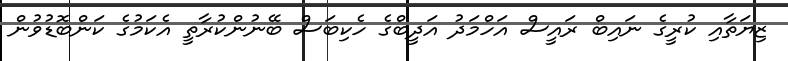
ޒިޔަތާއި ކުރީގެ ނައިބް ރައީސް އަހްމަދު އަދީބްގެ ހެކިބަސް ބޭނުންކުރާތީ އެކަމުގެ ކަންބޮޑުވުން